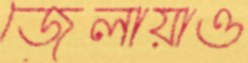
জেলায়াও